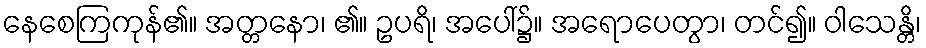
နေစေကြကုန်၏။ အတ္တနော၊ ၏။ ဥပရိ၊ အပေါ်၌။ အရောပေတွာ၊ တင်၍။ ဝါသေန္တိ၊